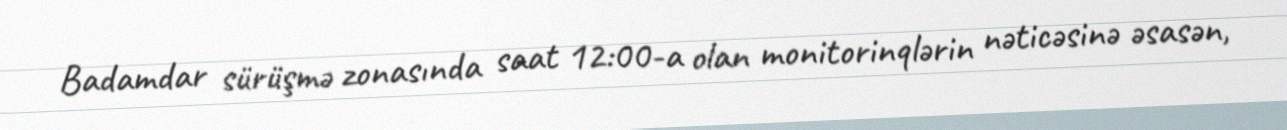
Badamdar sürüşmə zonasında saat 12:00-a olan monitorinqlərin nəticəsinə əsasən,